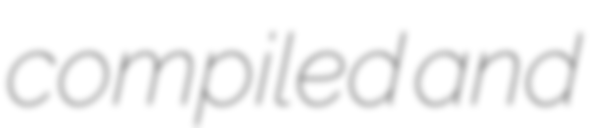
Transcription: compiled and